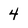
Character: 4